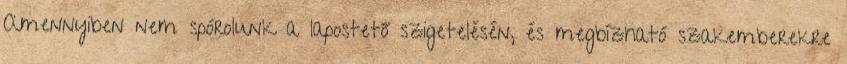
Amennyiben nem spórolunk a lapostető szigetelésén, és megbízható szakemberekre